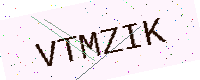
Text: VTMZIK